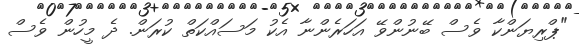
"ޕްރިޔަންކާ ވެސް ބޭނުންވޭ އަހަރެންނާ އެކު މަސައްކަތް ކުރަން. ދެ މީހުން ވެސް